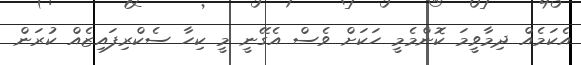
އެކަމެއް ދިމާވީމަ ކޮންމެމީ ހަކަށް ވެސް އެގޭނީ މީ ކިހާ ސެކްރިފައިޒެއް ކުރަން